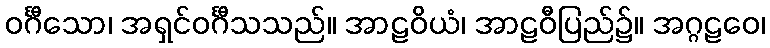
ဝင်္ဂီသော၊ အရှင်ဝင်္ဂီသသည်။ အာဠဝိယံ၊ အာဠဝီပြည်၌။ အဂ္ဂဠဝေ၊